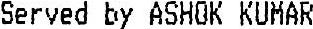
SERVED BY ASHOK KUMAR